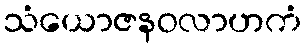
သံယောဇနဝလာဟကံ